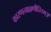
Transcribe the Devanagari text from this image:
कारणत्वाल्लणीरितम्॥